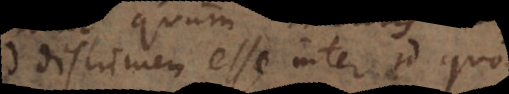
discrimen esse inter id quod